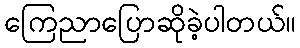
ကြေညာပြောဆိုခဲ့ပါတယ်။